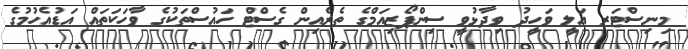
މިނިސްޓަރ އަލީ ވަހީދު ވިދާޅުވީ ސިންޕޯޒިއަމްގެ ތެރެއިން ގެސްޓް ހައުސްތަކުގެ ވާހަކަތައް އަޑުއެހުމުގެ